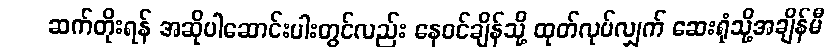
ဆက်တိုးရန် အဆိုပါဆောင်းပါးတွင်လည်း နေဝင်ချိန်သို့ ထုတ်လုပ်လျှက် ဆေးရုံသို့အချိန်မီ